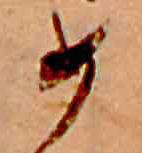
め